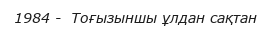
1984 -  Тоғызыншы ұлдан сақтан